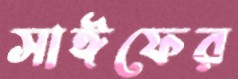
সাঈফের